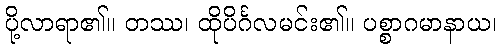
ပို့လာရာ၏။ တဿ၊ ထိုပိင်္ဂလမင်း၏။ ပစ္စာဂမာနာယ၊